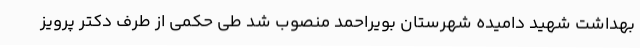
بهداشت شهید دامیده شهرستان بویراحمد منصوب شد طی حکمی از طرف دکتر پرویز